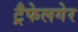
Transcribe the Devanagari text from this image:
ट्रैफेलगेर